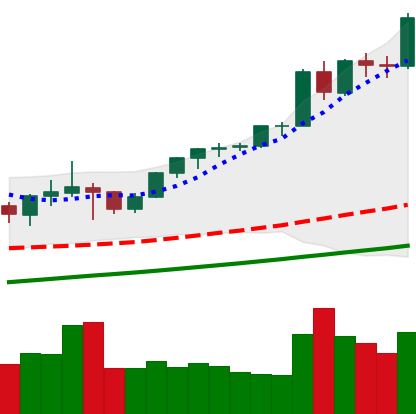
Ticker: ETH-USD
Chart end date: 2021-05-08
Forward return: -4.804%
Label: down_3_5